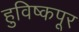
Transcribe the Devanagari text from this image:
हुविष्कपूर